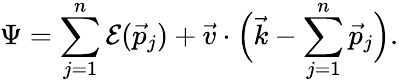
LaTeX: \Psi=\sum_{j=1}^{n}{\cal E}(\vec{p}_{j})+\vec{v}\cdot\Big(\vec{k}-\sum_{j=1}^{n}\vec{p}_{j}\Big).